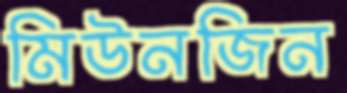
মিউনজিন